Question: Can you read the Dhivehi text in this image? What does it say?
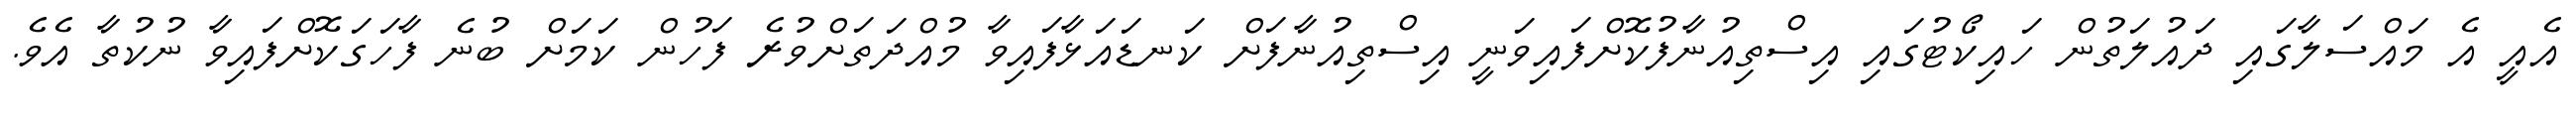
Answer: އެއީ އެ މައްސަލާގައި ދައުލަތުން ހައިކޯޓުގައި އިސްތިއުނާފުކޮށްފައިވަނީ އިސްތިއުނާފަށް ކަނޑައަޅާފައިވާ މުއްދަތަށްވުރެ ފަހުން ކަމަށް ބުނެ ފާހަގަކޮށްފައިވާ ނުކުތާ އެވެ.